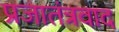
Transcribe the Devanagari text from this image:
प्रजातंत्रवाद